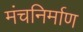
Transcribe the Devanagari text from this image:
मंचनिर्माण